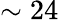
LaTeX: \sim 24